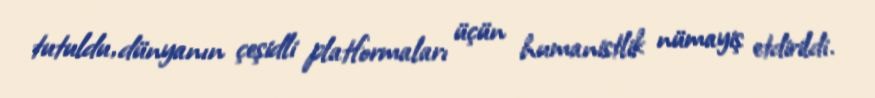
tutuldu, dünyanın çeşidli platformaları üçün humanistlik nümayiş etdirildi.